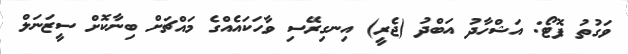
ވަގުތު ފޮޓޯ: އަޝްހާދު އަބްދު (ޖެރީ) އިނގިރޭސި ވާހަކައެއްގެ މައްޗަށް ބިނާކޮށް ސީޒަނަލް